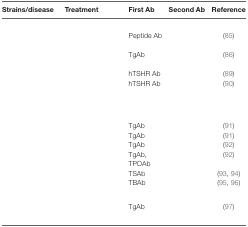
<table><thead><tr><td><b>Strains/disease</b></td><td><b>Treatment</b></td><td><b>First Ab</b></td><td><b>Second Ab</b></td><td><b>Reference</b></td></tr></thead><tbody><tr><td colspan="5">[EMPTY_CELL]</td></tr><tr><td>[EMPTY_CELL]</td><td>[EMPTY_CELL]</td><td>Peptide Ab</td><td>[EMPTY_CELL]</td><td>(85)</td></tr><tr><td>[EMPTY_CELL]</td><td>[EMPTY_CELL]</td><td>TgAb</td><td>[EMPTY_CELL]</td><td>(86)</td></tr><tr><td>[EMPTY_CELL]</td><td>[EMPTY_CELL]</td><td>hTSHR Ab</td><td>[EMPTY_CELL]</td><td>(89)</td></tr><tr><td>[EMPTY_CELL]</td><td>[EMPTY_CELL]</td><td>hTSHR Ab</td><td>[EMPTY_CELL]</td><td>(90)</td></tr><tr><td>[EMPTY_CELL]</td><td>[EMPTY_CELL]</td><td>[EMPTY_CELL]</td><td>[EMPTY_CELL]</td><td>[EMPTY_CELL]</td></tr><tr><td colspan="5">[EMPTY_CELL]</td></tr><tr><td>[EMPTY_CELL]</td><td>[EMPTY_CELL]</td><td>TgAb</td><td>[EMPTY_CELL]</td><td>(91)</td></tr><tr><td>[EMPTY_CELL]</td><td>[EMPTY_CELL]</td><td>TgAb</td><td>[EMPTY_CELL]</td><td>(91)</td></tr><tr><td>[EMPTY_CELL]</td><td>[EMPTY_CELL]</td><td>TgAb</td><td>[EMPTY_CELL]</td><td>(92)</td></tr><tr><td>[EMPTY_CELL]</td><td>[EMPTY_CELL]</td><td>TgAb, TPOAb</td><td>[EMPTY_CELL]</td><td>(92)</td></tr><tr><td>[EMPTY_CELL]</td><td>[EMPTY_CELL]</td><td>TSAb</td><td>[EMPTY_CELL]</td><td>(93, 94)</td></tr><tr><td>[EMPTY_CELL]</td><td>[EMPTY_CELL]</td><td>TBAb</td><td>[EMPTY_CELL]</td><td>(95, 96)</td></tr><tr><td colspan="5">[EMPTY_CELL]</td></tr><tr><td>[EMPTY_CELL]</td><td>[EMPTY_CELL]</td><td>TgAb</td><td>[EMPTY_CELL]</td><td>(97)</td></tr></tbody></table>